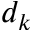
d _ { k }